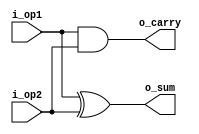
`timescale 1 ns / 1 ps
///////////////////////////////////////////////////////////////
///////////////////////// HALF_ADDDER /////////////////////////
///////////////////////////////////////////////////////////////
module half_add (i_op1, i_op2, o_sum, o_carry);

input i_op1, i_op2;
output o_sum;
output o_carry;

xor (o_sum, i_op1, i_op2);
and (o_carry, i_op1, i_op2);

endmodule
///////////////////////////////////////////////////////////////
///////////////////////// FULL_ADDER //////////////////////////
///////////////////////////////////////////////////////////////
module full_add (i_op1, i_op2, i_carry, o_sum, o_carry);

input i_op1, i_op2, i_carry;
output o_sum, o_carry;

wire carry1, carry2, sum_op1;

half_add half_add_1    (.i_op1 (i_op1),
			.i_op2 (i_op2),
			.o_sum (sum_op1),
			.o_carry (carry1)
			);

half_add half_add_2    (.i_op1 (sum_op1),
			.i_op2 (i_carry),
			.o_sum (o_sum),
			.o_carry (carry2)
			);

or (o_carry, carry1, carry2);

endmodule
////////////////////////////////////////////////////////////////
/////////////////////// MULTIPLIER_4BIT ////////////////////////
////////////////////////////////////////////////////////////////
module multiplier_4bit ( i_op1, i_op2, o_mult );

input  [3 : 0] i_op1, i_op2;
output [7 : 0] o_mult;

wire [15 : 0] and_w;   // wires for and array
wire [11 : 0] carry_w; // wires for carry array
wire [5 : 0] sum_w;	   // wires for sum array
	
and AND1  (and_w[0],  i_op1[0], i_op2[0]); // and array
and AND2  (and_w[1],  i_op1[1], i_op2[0]);
and AND3  (and_w[2],  i_op1[2], i_op2[0]);
and AND4  (and_w[3],  i_op1[3], i_op2[0]);

and AND5  (and_w[4],  i_op1[0], i_op2[1]);
and AND6  (and_w[5],  i_op1[1], i_op2[1]);
and AND7  (and_w[6],  i_op1[2], i_op2[1]);
and AND8  (and_w[7],  i_op1[3], i_op2[1]);

and AND9  (and_w[8],  i_op1[0], i_op2[2]);
and AND10 (and_w[9],  i_op1[1], i_op2[2]);
and AND11 (and_w[10], i_op1[2], i_op2[2]);
and AND12 (and_w[11], i_op1[3], i_op2[2]);

and AND13 (and_w[12], i_op1[0], i_op2[3]);
and AND14 (and_w[13], i_op1[1], i_op2[3]);
and AND15 (and_w[14], i_op1[2], i_op2[3]);
and AND16 (and_w[15], i_op1[3], i_op2[3]);

assign o_mult[0] = and_w[0]; // LSB

//		     (     i_op1,     i_op2,      i_carry,     o_sum,     o_carry  );
full_add full_add_1  (  and_w[1],  and_w[4],         1'b0, o_mult[1],  carry_w[0]  ); // 1 row adders;
full_add full_add_2  (  and_w[2],  and_w[5],   carry_w[0],  sum_w[0],  carry_w[1]  );
full_add full_add_3  (  and_w[3],  and_w[6],   carry_w[1],  sum_w[1],  carry_w[2]  );
full_add full_add_4  (      1'b0,  and_w[7],   carry_w[2],  sum_w[2],  carry_w[3]  );

full_add full_add_5  (  and_w[8],   sum_w[0],        1'b0, o_mult[2],  carry_w[4]  ); // 2 row adders;
full_add full_add_6  (  and_w[9],   sum_w[1],  carry_w[4],  sum_w[3],  carry_w[5]  );
full_add full_add_7  ( and_w[10],   sum_w[2],  carry_w[5],  sum_w[4],  carry_w[6]  );
full_add full_add_8  ( and_w[11], carry_w[3],  carry_w[6],  sum_w[5],  carry_w[7]  );

full_add full_add_9  ( and_w[12],   sum_w[3],        1'b0, o_mult[3],  carry_w[8]  ); // 3 row adders;
full_add full_add_10 ( and_w[13],   sum_w[4],  carry_w[8], o_mult[4],  carry_w[9]  );
full_add full_add_11 ( and_w[14],   sum_w[5],  carry_w[9], o_mult[5], carry_w[10] );
full_add full_add_12 ( and_w[15], carry_w[7], carry_w[10], o_mult[6], carry_w[11] );

assign o_mult[7] = carry_w[11]; // MSB

endmodule